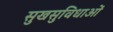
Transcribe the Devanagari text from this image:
सुखसुविधाओं